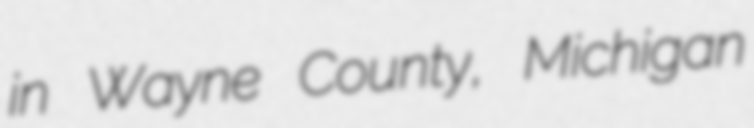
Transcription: in Wayne County, Michigan